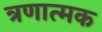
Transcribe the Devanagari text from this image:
त्रणात्मक